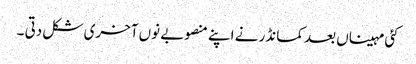
کئی مہیناں بعد کمانڈر نے اپنے منصوبے نوں آخری شکل دتی ۔